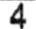
4